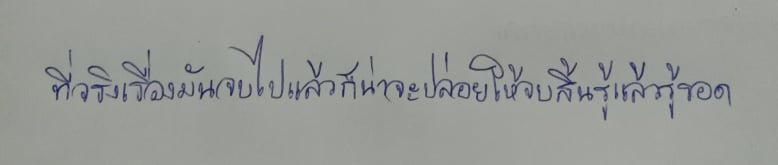
ที่จริงเรื่องมันจบไปแล้วก็น่าจะปล่อยให้จบสิ้นรู้แล้วรู้รอด